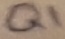
Text: Q1